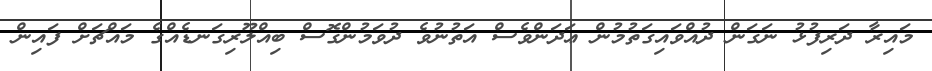
މައިރާ ދަރިފުޅު ނަގަން ދުއްވައިގަތުމުން ޢަދަންވެސް އަތުނުވެ ދުވަމުންގޮސް ބިއްލޫރިގަނޑެއްގެ މައްޗަށް ފައިން